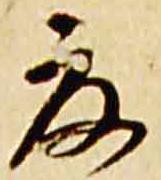
夏